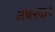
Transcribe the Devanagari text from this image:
जबरदार